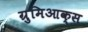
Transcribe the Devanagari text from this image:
ग्रुमिआक्स